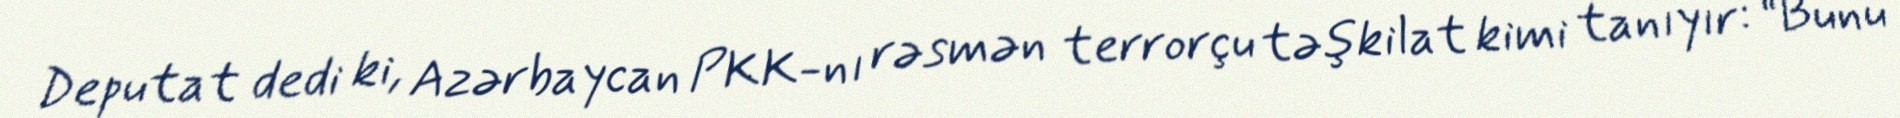
Deputat dedi ki, Azərbaycan PKK-nı rəsmən terrorçu təşkilat kimi tanıyır: “Bunu